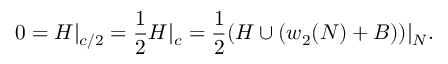
0 = H | _ { c / 2 } = \frac { 1 } { 2 } H | _ { c } = \frac { 1 } { 2 } ( H \cup ( w _ { 2 } ( N ) + B ) ) | _ { N } .